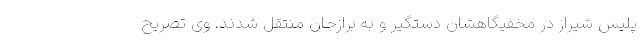
پلیس شیراز در مخفیگاهشان دستگیر و به برازجان منتقل شدند. وی تصریح